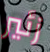
زئير